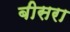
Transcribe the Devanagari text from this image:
बीसरा